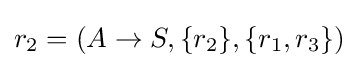
r_{2}=(A\to S,\{r_{2}\},\{r_{1},r_{3}\})